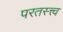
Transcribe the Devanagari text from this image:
परतस्त्त्व